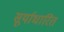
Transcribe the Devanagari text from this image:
सूर्याधारित